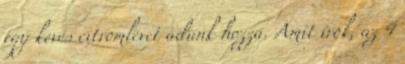
egy kevés citromlevet adunk hozzá. Amit írok, az 4